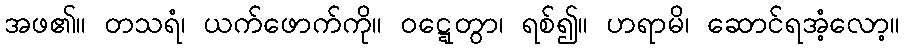
အဖ၏။ တသရံ၊ ယက်ဖောက်ကို။ ဝဋ္ဋေတွာ၊ ရစ်၍။ ဟရာမိ၊ ဆောင်ရအံ့လော့။